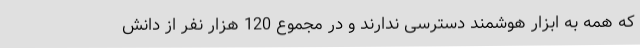
که همه به ابزار هوشمند دسترسی ندارند و در مجموع 120 هزار نفر از دانش